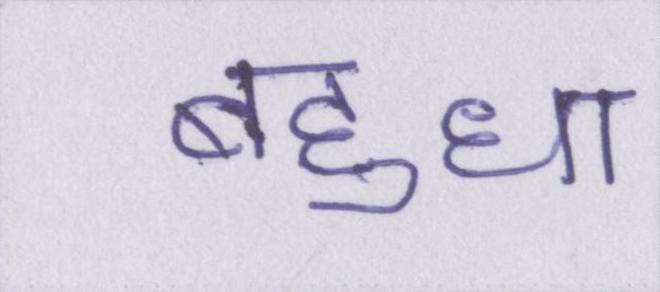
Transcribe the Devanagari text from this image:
बहुधा